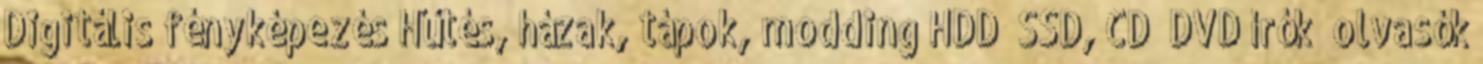
Digitális fényképezés Hűtés, házak, tápok, modding HDD SSD, CD DVD írók olvasók